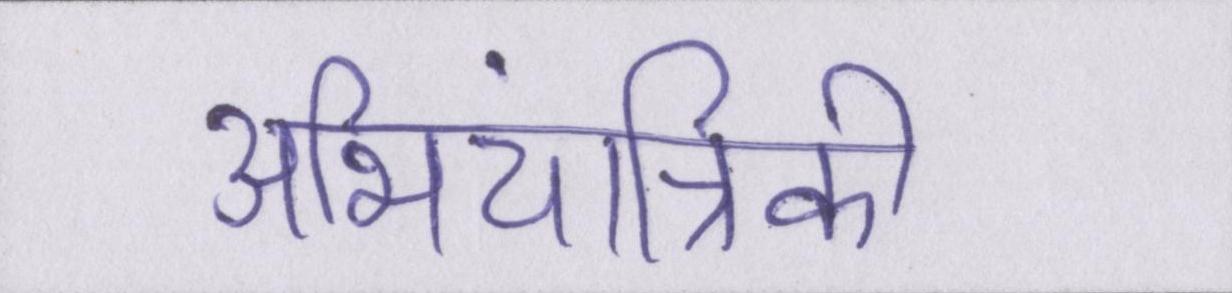
अभियांत्रिकी